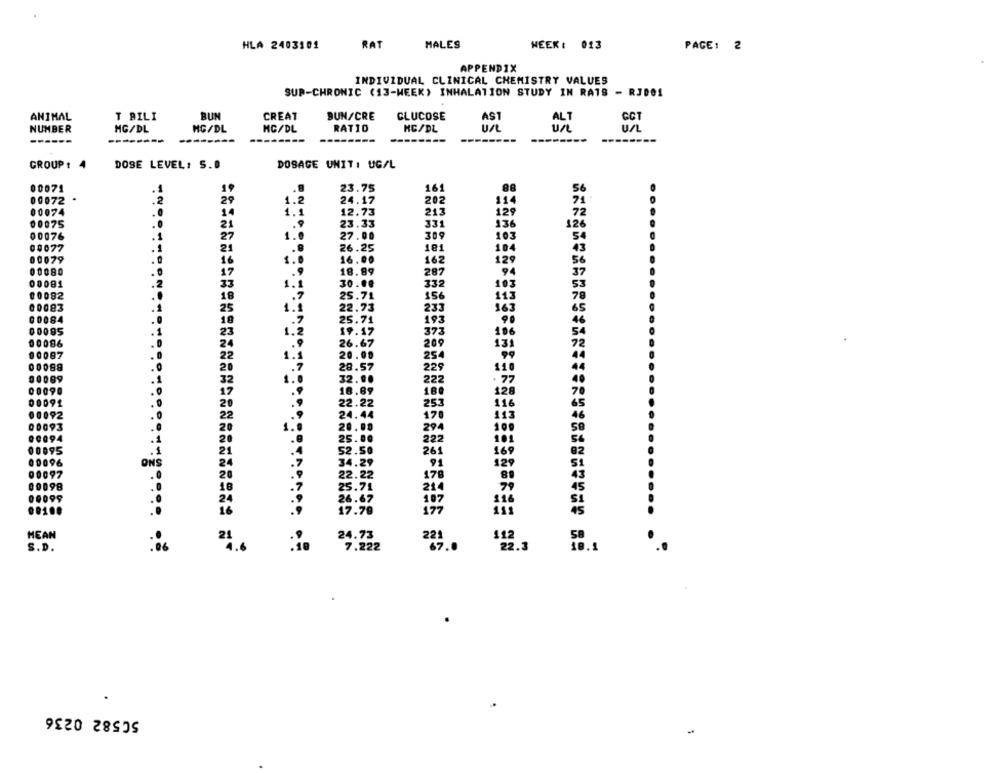
HLA 2403101
RAT
MALES
WEEK : 013
PAGE: 2
APPENDIX
INDIVIDUAL CLINICAL CHEMISTRY VALUES
SUP-CHRONIC (13-WEEK) INHALATION STUDY IN RATS - RJDO1
ANIMAL
T BILI
BUN
CREAT
BUN/CRE
GLUCOSE
AST
ALT
GCT
NUMBER
MG/DL
MG/DL
MC/DL
RATIO
HC/DL
un
------
--------
--------
----
------
--------
GROUP : 4
DOSE LEVEL: S.D
DOSAGE UNIT: UG/L
00071
23.75
161
00072
.2
24.17
202
00074
1.1
12.73
213
00075
23.33
331
136
00076
.1
1.0
27.00
30 9
103
00077
26.25
184
.8
181
00079
1.0
16.00
162
00080
18.89
94
.9
287
00091
1.1
30.00
332
00082
1.7
25.71
156
00083
1.1
22.73
233
25.71
00084
.7
193
00095
1.2
19.17
373
26.67
209
20.00
254
.7
28.57
229
32.00
222
18.89
180
22.22
253
24.44
170
294
25.00
222
52.50
261
ONS
34.2
2.22
178
0098
214
0099
107
0100
17.9
177
MEAN
21
24.73
112
S.D.
:06
7.222
224 ..
50582 0236